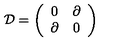
\mathcal { D } = \left( \begin{array} { c c } { 0 } & { \partial } \\ { \partial } & { 0 } \\ \end{array} \right)